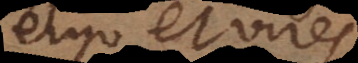
Ergo et vires